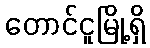
တောင်ငူမြို့ရှိ